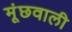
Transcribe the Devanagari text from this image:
मूंछवाली